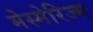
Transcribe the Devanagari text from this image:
मेस्मेरिज्म